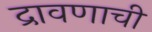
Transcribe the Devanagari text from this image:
द्रावणाची